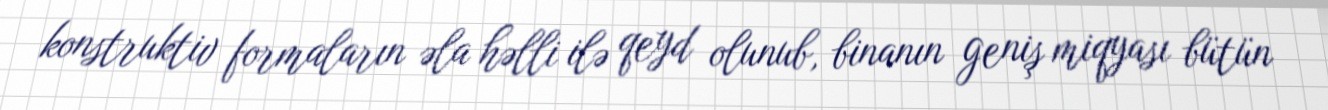
konstruktiv formaların əla həlli ilə qeyd olunub, binanın geniş miqyası bütün